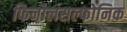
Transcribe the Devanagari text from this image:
फिनोलसल्फोनिक